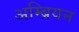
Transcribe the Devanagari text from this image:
अम्ब्रियन